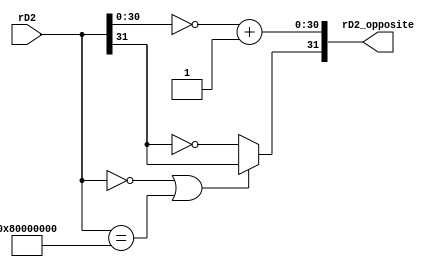
//`timescale 1ns / 1ps
//////////////////////////////////////////////////////////////////////////////////
// Company: 
// Engineer: 
// 
// Design Name: 
// Module Name: id_get_opposite
// Project Name: 
// Target Devices: 
// Tool Versions: 
// Description: 
// 
// Dependencies: 
// 
// Revision:
// Revision 0.01 - File Created
// Additional Comments:
// 
//////////////////////////////////////////////////////////////////////////////////


module id_get_opposite(
    input   [31:0]  rD2,
    output  reg [31:0]  rD2_opposite
    );
    
wire  [30:0]  tmp;
wire    tmp31;
assign tmp=~rD2[30:0]+1;
assign  tmp31=(rD2==0 || rD2==32'h80000000)?rD2[31]:~rD2[31];
    
always @ (*) begin
    rD2_opposite={tmp31,tmp};
end
    
endmodule